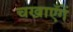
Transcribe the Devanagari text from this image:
चखाएँगें